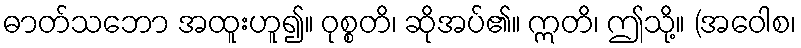
ဓာတ်သဘော အထူးဟူ၍။ ဝုစ္စတိ၊ ဆိုအပ်၏။ ဣတိ၊ ဤသို့။ (အဝေါစ၊